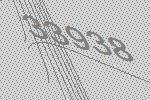
33938